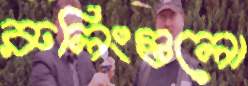
রুলিংগুলো